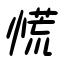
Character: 慌